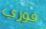
فوري